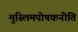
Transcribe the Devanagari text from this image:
मुस्लिमपोषकनीति